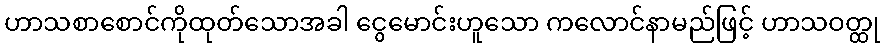
ဟာသစာစောင်ကိုထုတ်သောအခါ ငွေမောင်းဟူသော ကလောင်နာမည်ဖြင့် ဟာသဝတ္ထု